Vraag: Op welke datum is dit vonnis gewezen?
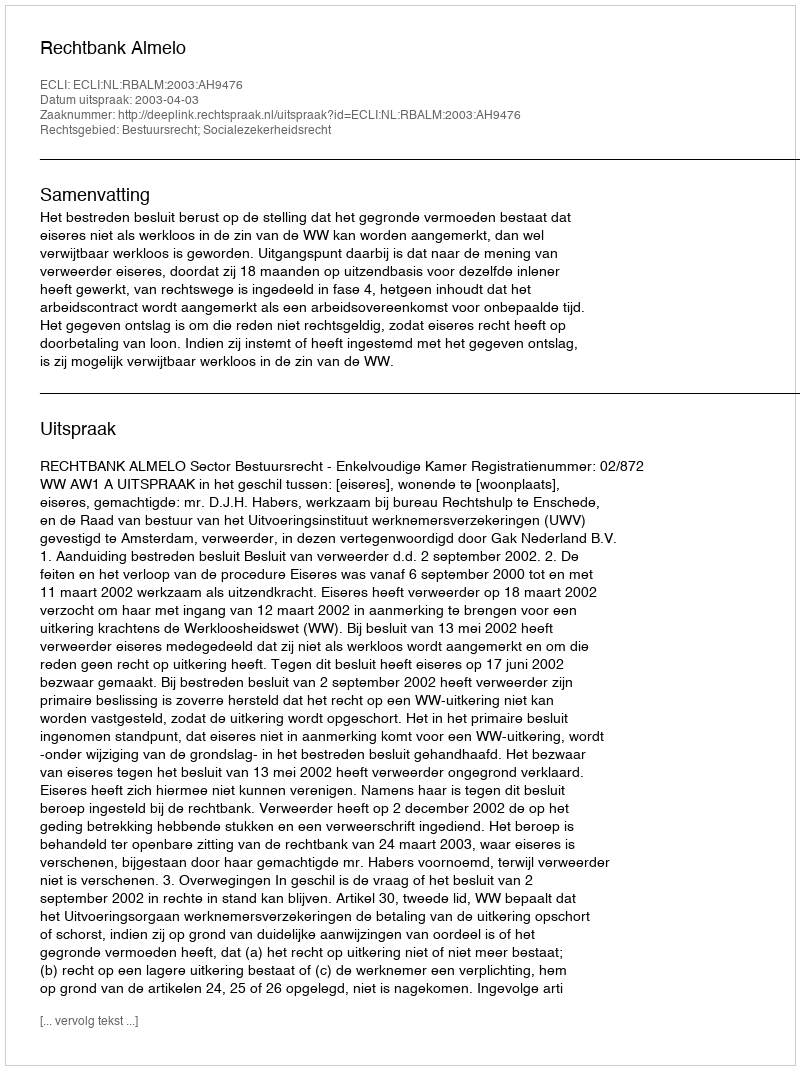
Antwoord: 2003-04-03